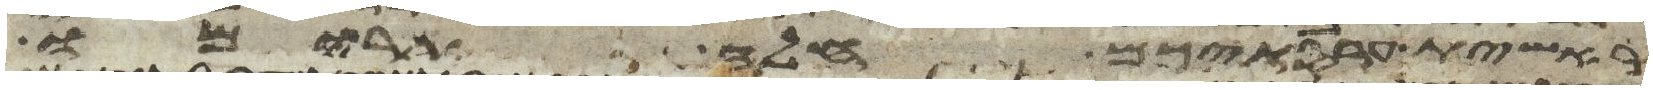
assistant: ראשית עריסתיכם חלה תרימו